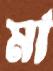
মা